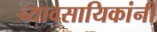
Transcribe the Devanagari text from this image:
व्यावसायिकांनी